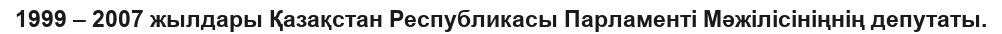
1999 – 2007 жылдары Қазақстан Республикасы Парламенті Мәжілісініңнің депутаты.